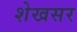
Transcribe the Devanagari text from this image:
शेखसर